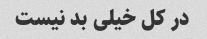
در کل خیلی بد نیست